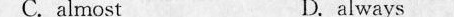
C.almostD Was